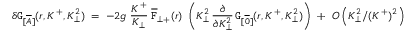
\delta { \tt G } _ { [ \overline { { { A } } } ] } ( r , K ^ { + } , K _ { \perp } ^ { 2 } ) \; = \; - 2 g \; \frac { K ^ { + } } { K _ { \perp } } \; { \overline { { { \tt F } } } } _ { \perp + } ( r ) \; \left( K _ { \perp } ^ { 2 } \, \frac { \partial } { \partial K _ { \perp } ^ { 2 } } \, { \tt G } _ { [ \overline { { { 0 } } } ] } ( r , K ^ { + } , K _ { \perp } ^ { 2 } ) \right) \; \; + \; \; O \left( K _ { \perp } ^ { 2 } / ( K ^ { + } ) ^ { 2 } \right) \; ,